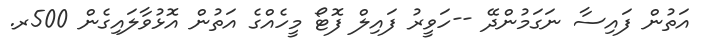
އަތުން ފައިސާ ނަގަމުންދޭ --ހަވީރު ފައިލް ފޮޓޯ މީހެއްގެ އަތުން އޮޅުވާލައިގެން 500ރ.